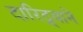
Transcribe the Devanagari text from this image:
दारिद्र्याने